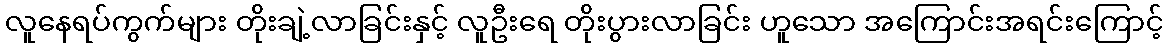
လူနေရပ်ကွက်များ တိုးချဲ့လာခြင်းနှင့် လူဦးရေ တိုးပွားလာခြင်း ဟူသော အကြောင်းအရင်းကြောင့်